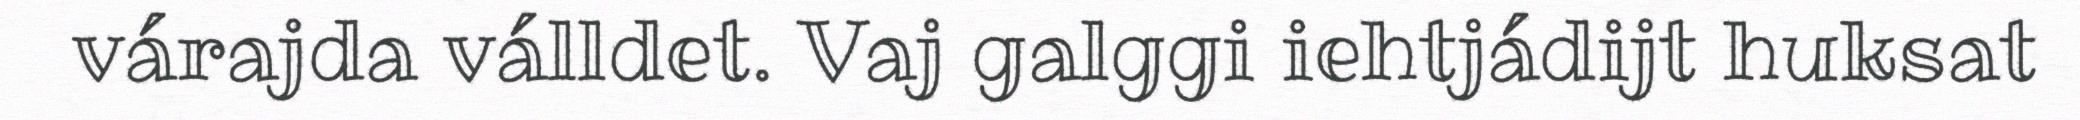
várajda válldet. Vaj galggi iehtjádijt huksat